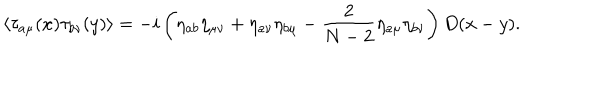
\langle \tau _ { a \mu } ( x ) \tau _ { b \nu } ( y ) \rangle = - i \left( \eta _ { a b } \eta _ { \mu \nu } + \eta _ { a \nu } \eta _ { b \mu } - \frac { 2 } { N - 2 } \eta _ { a \mu } \eta _ { b \nu } \right) D ( x - y ) .